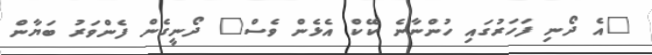
"އެ ދޯނި ފަހަރުގައި ހުންނާނެ ކޭކް އެޅެން ވެސް" ދޯނީގެން ފެންވަރު ބަޔާން